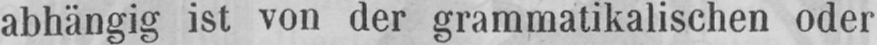
abhängig ist von der grammatikalischen oder